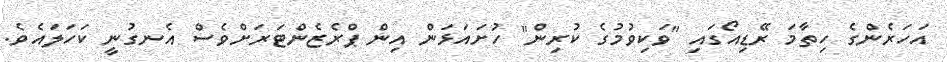
އަހަރެންގެ ހިތާމަ ރޭޑިއޯގައި "ވަކިވުމުގެ ކުރިން" ހުށައަޅަން އިން ޕްރެޒެންޓަރަށްވެސް އެނގުނީ ކަހަލައެވެ.